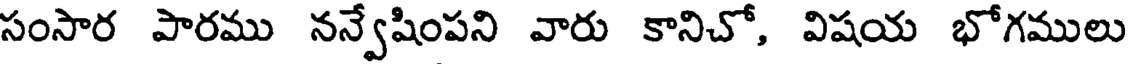
సంసార పారము నన్వేషింపని వారు కానిచో, విషయ భోగములు